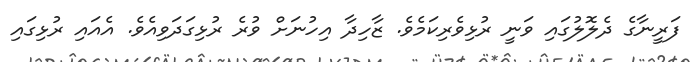
ފަރީނާގެ ދެލޮލުގައި ވަނީ ރުޅިވެރިކަމެވެ. ޒާހިދާ އިހުނަށް ވުރެ ރުޅިގަދަވިއެވެ. އެއައި ރުޅިގައި